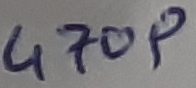
Text: 470P